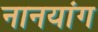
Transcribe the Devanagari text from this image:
नानयांग